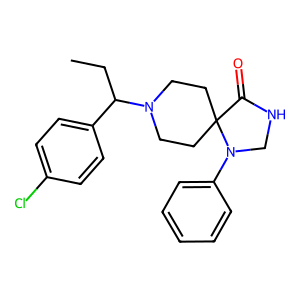
SMILES: CCC(c1ccc(Cl)cc1)N1CCC2(CC1)C(=O)NCN2c1ccccc1
Inhibits HIV replication: No